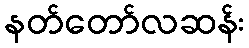
နတ်တော်လဆန်း